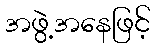
အဖွဲ့အနေဖြင့်